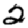
Digit: 2